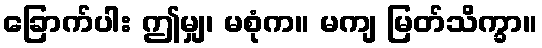
ခြောက်ပါး ဤမျှ၊ မစုံက။ မကျ မြတ်သိက္ခာ။